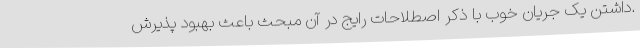
.داشتن یک جریان خوب با ذکر اصطلاحات رایج در آن مبحث باعث بهبود پذیرش